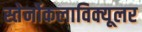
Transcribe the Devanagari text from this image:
स्तेर्नोकलाविक्यूलर